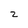
Character: z